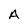
Character: A